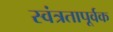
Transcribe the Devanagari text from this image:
स्वंत्रतापूर्वक